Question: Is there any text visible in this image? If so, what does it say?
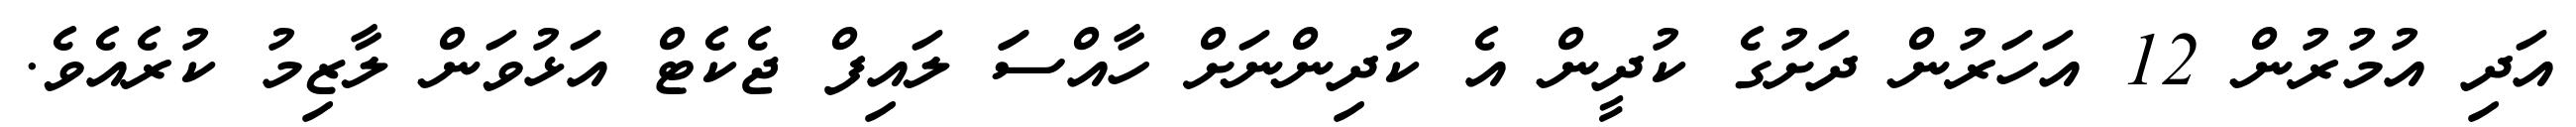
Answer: އަދި އުމުރުން 12 އަހަރުން ދަށުގެ ކުދީން އެ ކުދިންނަށް ހާއްސަަ ލައިފް ޖެކެޓް އަޅުވަން ލާޒިމު ކުރެއެވެ.